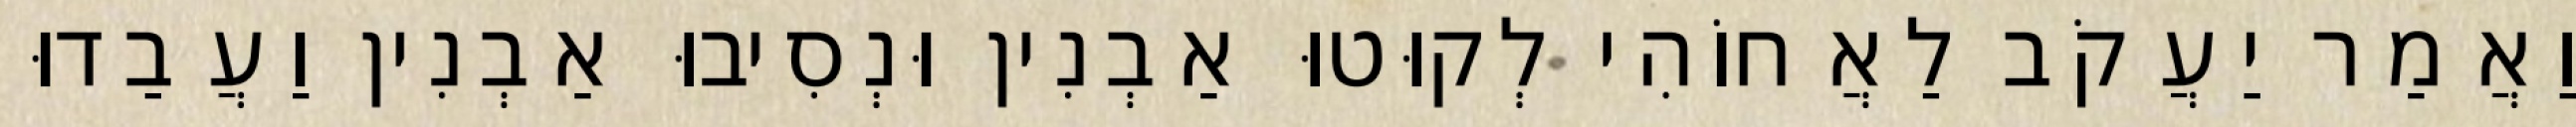
וַאֲמַר יַעֲקֹב לַאֲחוֹהִי לְקוּטוּ אַבְנִין וּנְסִיבוּ אַבְנִין וַעֲבַדוּ